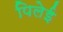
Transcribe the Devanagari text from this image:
पिलेई